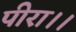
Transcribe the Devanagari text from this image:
पीरा।।